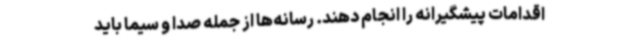
اقدامات پیشگیرانه را انجام دهند. رسانه‌ها از جمله صدا و سیما باید